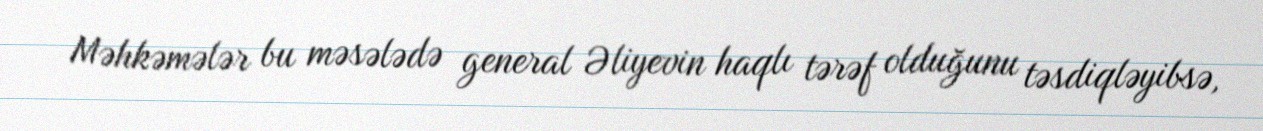
Məhkəmələr bu məsələdə general Əliyevin haqlı tərəf olduğunu təsdiqləyibsə,